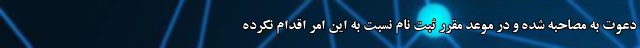
دعوت به مصاحبه شده و در موعد مقرر ثبت نام نسبت به این امر اقدام نکرده